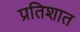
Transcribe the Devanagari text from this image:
प्रतिशात